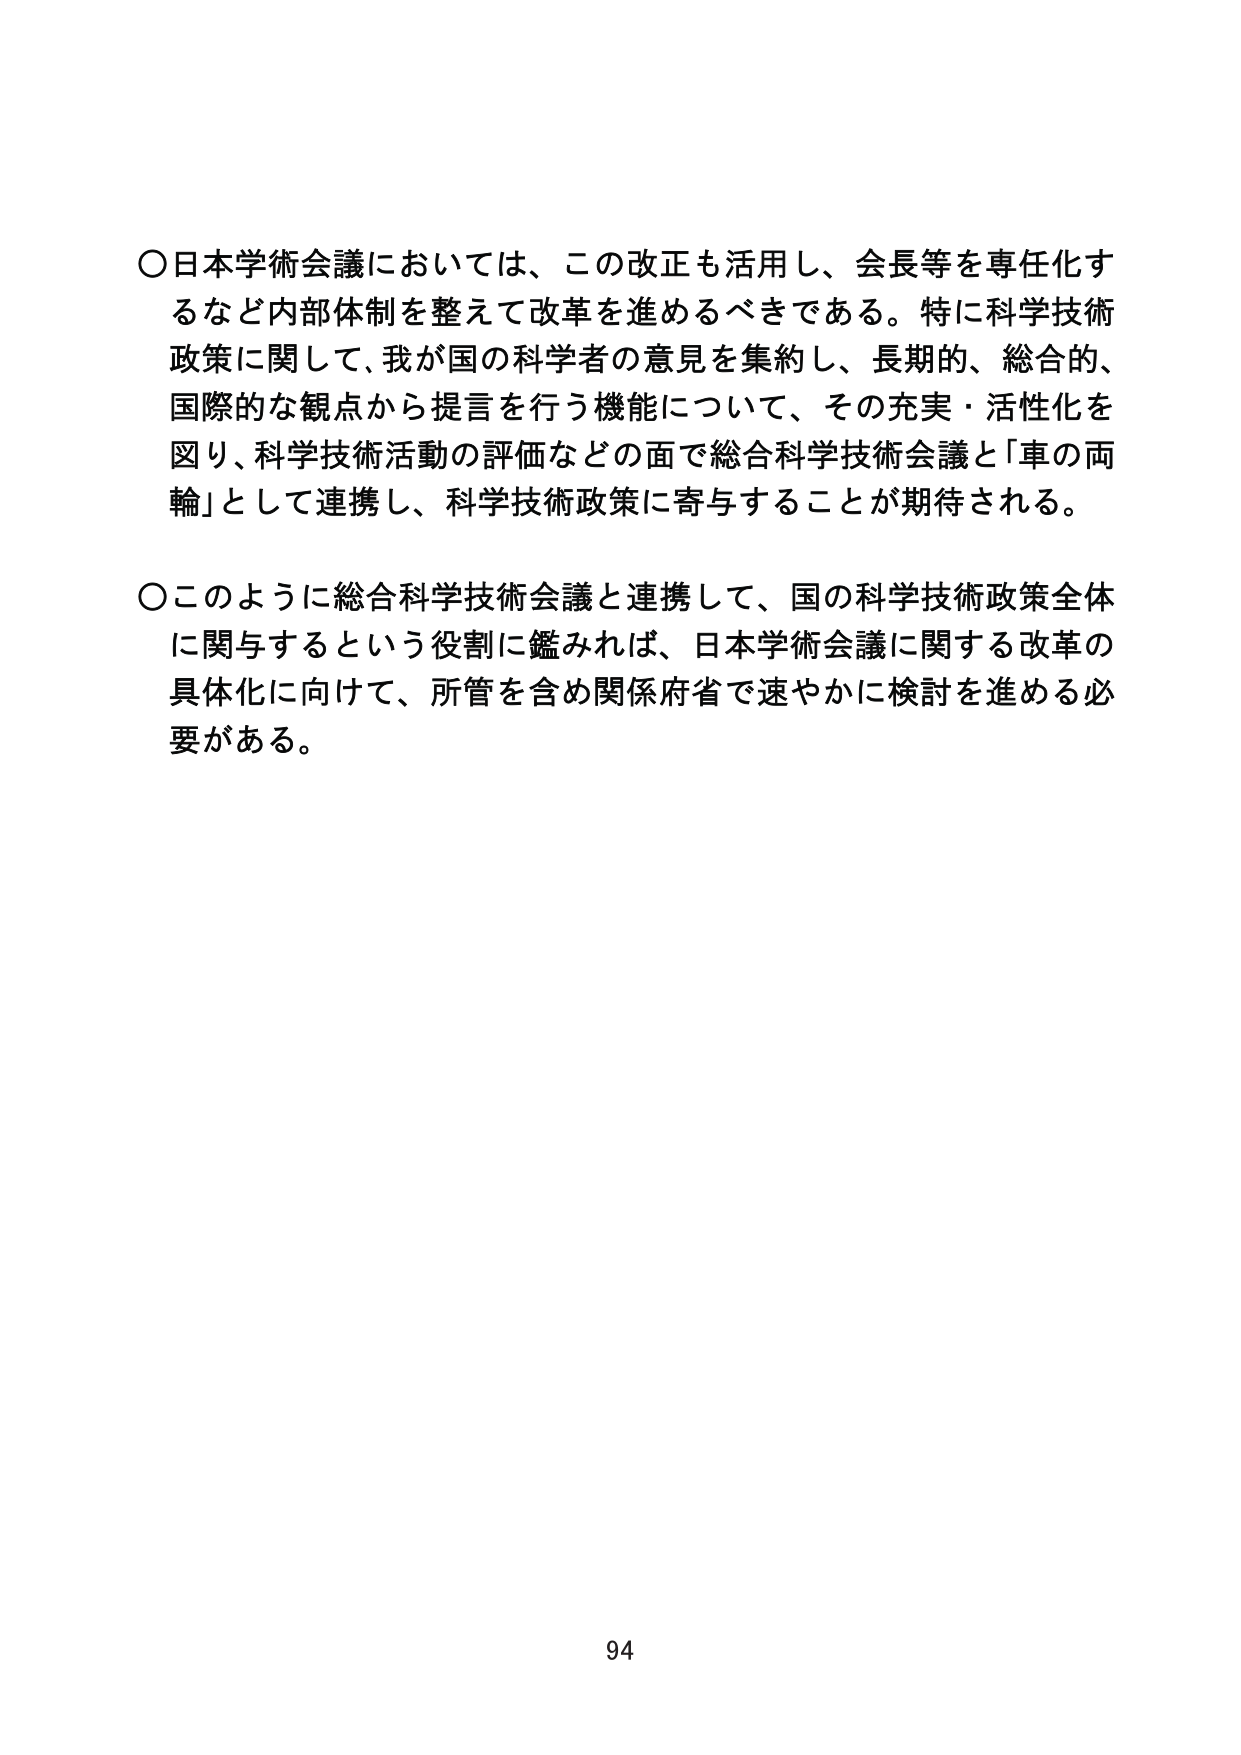
○日本学術会議においては、この改正も活用し、会長等を専任化するなど内部体制を整えて改革を進めるべきである。特に科学技術政策に関して、我が国の科学者の意見を集約し、長期的、総合的、国際的な観点から提言を行う機能について、その充実・活性化を図り、科学技術活動の評価などの面で総合科学技術会議と「車の両輪」として連携し、科学技術政策に寄与することが期待される。

○このように総合科学技術会議と連携して、国の科学技術政策全体に関与するという役割に鑑みれば、日本学術会議に関する改革の具体化に向けて、所管を含め関係府省で速やかに検討を進める必要がある。

94